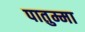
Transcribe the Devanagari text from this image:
पातुम्मा